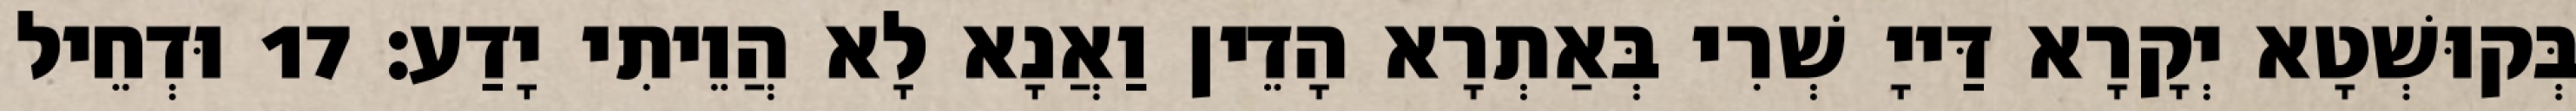
בְּקוּשְׁטָא יְקָרָא דַּייָ שְׁרִי בְּאַתְרָא הָדֵין וַאֲנָא לָא הֲוֵיתִי יָדַע׃ 17 וּדְחֵיל